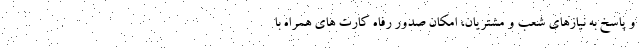
و پاسخ به نیازهای شعب و مشتریان، امکان صدور رفاه کارت های همراه با